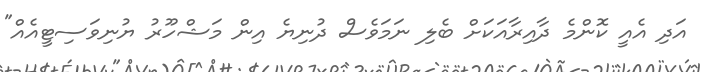
އަދި އެއީ ކޮންމެ ދާއިރާއަކަށް ބެލި ނަމަވެސް ދުނިޔެ އިން މަޝްހޫރު ޔުނިވަސިޓީއެއް"